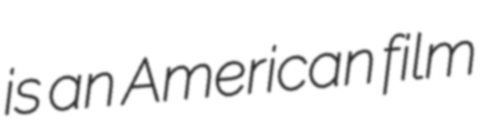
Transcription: is an American film